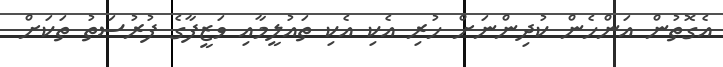
އެގޮތުން އަންހެން ކުދިންނަށް ހުރި އެކި އެކި ތައުލީމާއި ވަޒީފާގެ ފުރުސަތު ތަކަށް